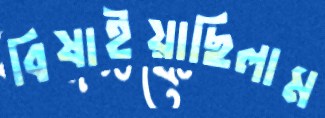
বিষাইয়াছিলাম